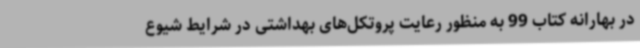
در بهارانه کتاب 99 به منظور رعایت پروتکل‌های بهداشتی در شرایط شیوع